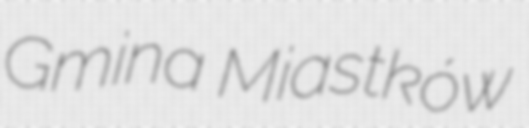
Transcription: Gmina Miastków